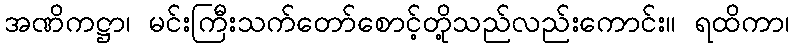
အဏိကဋ္ဌာ၊ မင်းကြီးသက်တော်စောင့်တို့သည်လည်းကောင်း။ ရထိကာ၊